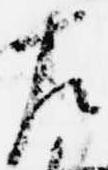
左